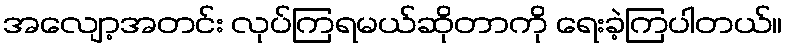
အလျော့အတင်း လုပ်ကြရမယ်ဆိုတာကို ရေးခဲ့ကြပါတယ်။